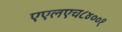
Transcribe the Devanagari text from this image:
एएलएच८४००१